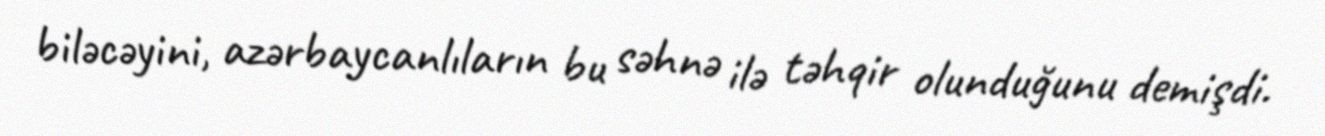
biləcəyini, azərbaycanlıların bu səhnə ilə təhqir olunduğunu demişdi.